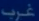
غرب